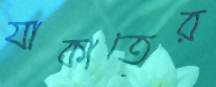
যাকাতের